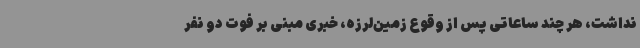
نداشت، هر چند ساعاتی پس از وقوع زمین‌لرزه، خبری مبنی بر فوت دو نفر